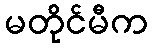
မတိုင်မီက